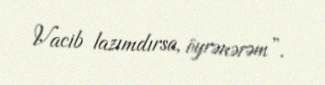
Vacib lazımdırsa, öyrənərəm”.